Vaccination returns of the Province of Eastern Bengal and Assam - 1905-1912
Year: 1905
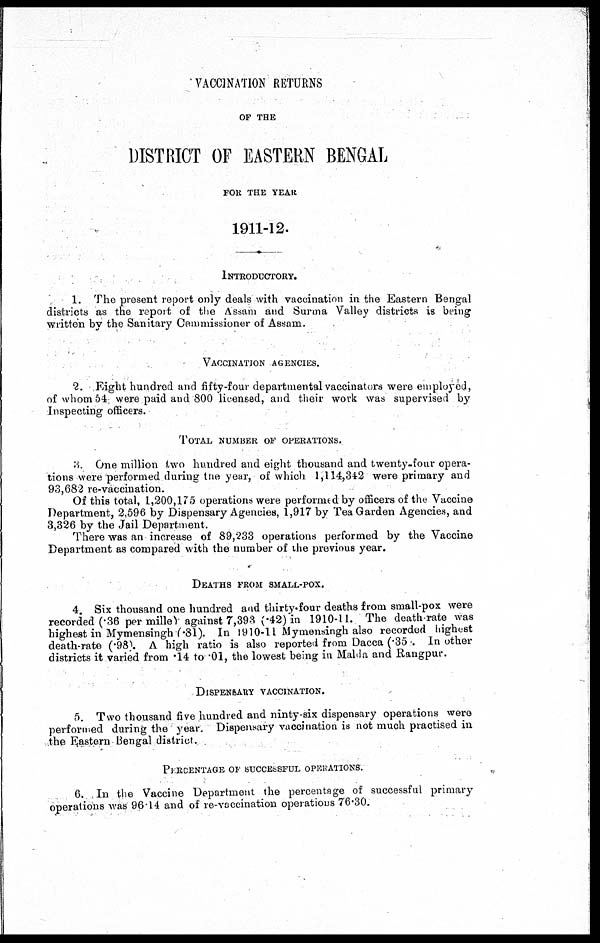
VACCINATION RETURNS
OF THE
DISTRICT OF EASTERN BENGAL
FOR THE YEAR
1911-12.
INTRODUCTORY.
1. The present report only deals with vaccination in the Eastern Bengal
districts as the report of the Assam and Surma Valley districts is being
written by the Sanitary Commissioner of Assam.
VACCINATION AGENCIES.
2. Eight hundred and fifty-four departmental vaccinators were employed,
of whom 54 were paid and 800 licensed, and their work was supervised by
Inspecting officers.
TOTAL NUMBER OF OPERATIONS.
3. One million two hundred and eight thousand and twenty-four opera-
tions were performed during the year, of which 1,114,342 were primary and
93,682 re-vaccination.
Of this total, 1,200,175 operations were performed by officers of the Vaccine
Department, 2,596 by Dispensary Agencies, 1,917 by Tea Garden Agencies, and
3,326 by the Jail Department.
There was an increase of 89,233 operations performed by the Vaccine
Department as compared with the number of the previous year.
DEATHS FROM SMALL-POX.
4. Six thousand one hundred and thirty-four deaths from small-pox were
recorded (.36 per mille) against 7,393 (.42) in 1910-11. The death-rate was
highest in Mymensingh (.81). In 1910-11 Mymensingh also recorded highest
death-rate (.98) A high ratio is also reported from Dacca (.35 . In other
districts it varied from .14 to .01, the lowest being in Malda and Rangpur.
DISPENSARY VACCINATION.
5. Two thousand five hundred and ninty-six dispensary operations were
performed during the year. Dispensary vaccination is not much practised in
the Eastern Bengal district.
PERCENTAGE OF SUCCESSFUL OPERATIONS.
6. In the Vaccine Department the percentage of successful primary
operations was 96.14 and of re-vaccination operations 76.30.